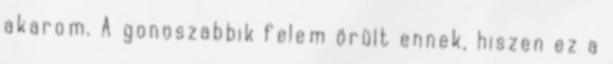
akarom. A gonoszabbik felem örült ennek, hiszen ez a